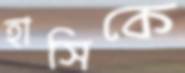
হাসিকে